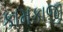
કામકાજી